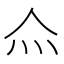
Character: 𤆋